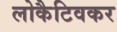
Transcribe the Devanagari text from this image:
लोकैटिवकर